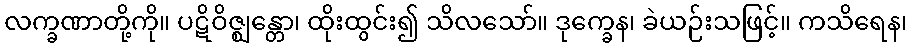
လက္ခဏာတို့ကို။ ပဋိဝိဇ္ဈန္တော၊ ထိုးထွင်း၍ သိလသော်။ ဒုက္ခေန၊ ခဲယဉ်းသဖြင့်။ ကသိရေန၊